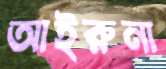
আইরুনা